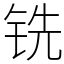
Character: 铣